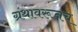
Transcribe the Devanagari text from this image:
ग्रंथावरूनच